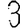
Digit: 3